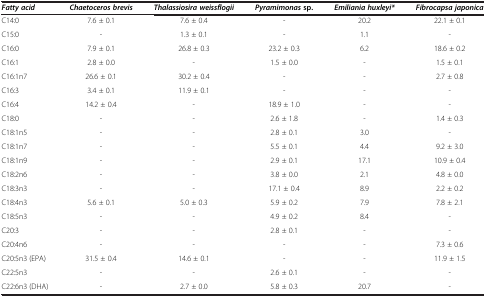
<table><thead><tr><td><b><i>Fatty acid</i></b></td><td><b><i>Chaetoceros brevis</i></b></td><td><b><i>Thalassiosira weissflogii</i></b></td><td><b><i>Pyramimonas </i>sp.</b></td><td><b><i>Emiliania huxleyi*</i></b></td><td><b><i>Fibrocapsa japonica</i></b></td></tr></thead><tbody><tr><td>C14:0</td><td>7.6 ± 0.1</td><td>7.6 ± 0.4</td><td>-</td><td>20.2</td><td>22.1 ± 0.1</td></tr><tr><td>C15:0</td><td>-</td><td>1.3 ± 0.1</td><td>-</td><td>1.1</td><td>-</td></tr><tr><td>C16:0</td><td>7.9 ± 0.1</td><td>26.8 ± 0.3</td><td>23.2 ± 0.3</td><td>6.2</td><td>18.6 ± 0.2</td></tr><tr><td>C16:1</td><td>2.8 ± 0.0</td><td>-</td><td>1.5 ± 0.0</td><td>-</td><td>1.5 ± 0.1</td></tr><tr><td>C16:1n7</td><td>26.6 ± 0.1</td><td>30.2 ± 0.4</td><td>-</td><td>-</td><td>2.7 ± 0.8</td></tr><tr><td>C16:3</td><td>3.4 ± 0.1</td><td>11.9 ± 0.1</td><td>-</td><td>-</td><td>-</td></tr><tr><td>C16:4</td><td>14.2 ± 0.4</td><td>-</td><td>18.9 ± 1.0</td><td>-</td><td>-</td></tr><tr><td>C18:0</td><td>-</td><td>-</td><td>2.6 ± 1.8</td><td>-</td><td>1.4 ± 0.3</td></tr><tr><td>C18:1n5</td><td>-</td><td>-</td><td>2.8 ± 0.1</td><td>3.0</td><td>-</td></tr><tr><td>C18:1n7</td><td>-</td><td>-</td><td>5.5 ± 0.1</td><td>4.4</td><td>9.2 ± 3.0</td></tr><tr><td>C18:1n9</td><td>-</td><td>-</td><td>2.9 ± 0.1</td><td>17.1</td><td>10.9 ± 0.4</td></tr><tr><td>C18:2n6</td><td>-</td><td>-</td><td>3.8 ± 0.0</td><td>2.1</td><td>4.8 ± 0.0</td></tr><tr><td>C18:3n3</td><td>-</td><td>-</td><td>17.1 ± 0.4</td><td>8.9</td><td>2.2 ± 0.2</td></tr><tr><td>C18:4n3</td><td>5.6 ± 0.1</td><td>5.0 ± 0.3</td><td>5.9 ± 0.2</td><td>7.9</td><td>7.8 ± 2.1</td></tr><tr><td>C18:5n3</td><td>-</td><td>-</td><td>4.9 ± 0.2</td><td>8.4</td><td>-</td></tr><tr><td>C20:3</td><td>-</td><td>-</td><td>2.8 ± 0.1</td><td>-</td><td>-</td></tr><tr><td>C20:4n6</td><td>-</td><td>-</td><td>-</td><td>-</td><td>7.3 ± 0.6</td></tr><tr><td>C20:5n3 (EPA)</td><td>31.5 ± 0.4</td><td>14.6 ± 0.1</td><td>-</td><td>-</td><td>11.9 ± 1.5</td></tr><tr><td>C22:5n3</td><td>-</td><td>-</td><td>2.6 ± 0.1</td><td>-</td><td>-</td></tr><tr><td>C22:6n3 (DHA)</td><td>-</td><td>2.7 ± 0.0</td><td>5.8 ± 0.3</td><td>20.7</td><td>-</td></tr></tbody></table>